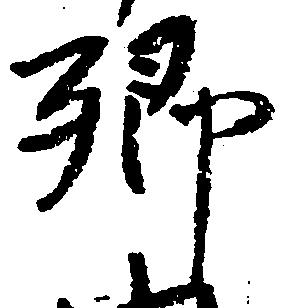
郷